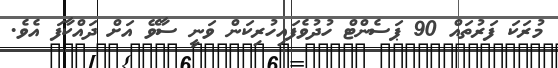
މުރަކަ ފަރުތައް 90 ޕަސެންޓް ހުދުވެފައިހުރިކަން ވަނީ ސާވޭ އަށް ދައްކާފަ އެވެ.